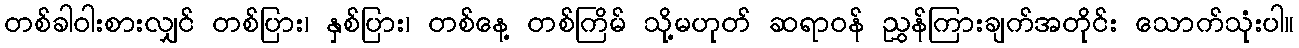
တစ်ခါဝါးစားလျှင် တစ်ပြား၊ နှစ်ပြား၊ တစ်နေ့ တစ်ကြိမ် သို့မဟုတ် ဆရာဝန် ညွှန်ကြားချက်အတိုင်း သောက်သုံးပါ။